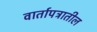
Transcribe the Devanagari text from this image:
वार्तापत्रातील